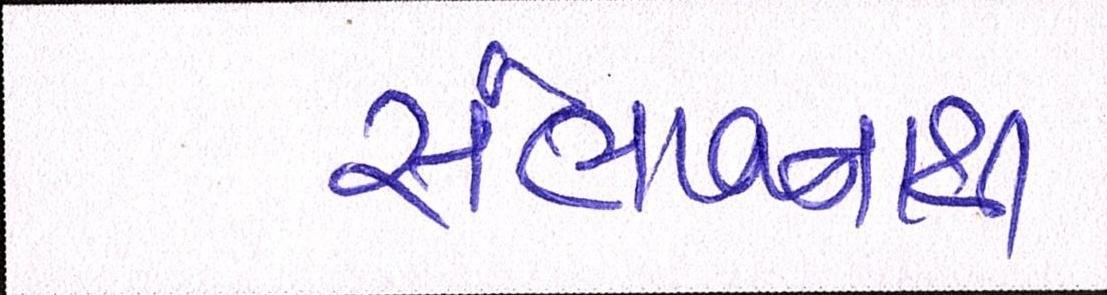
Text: સંભાવનાથી